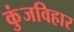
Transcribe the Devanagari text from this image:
कुंजविहार